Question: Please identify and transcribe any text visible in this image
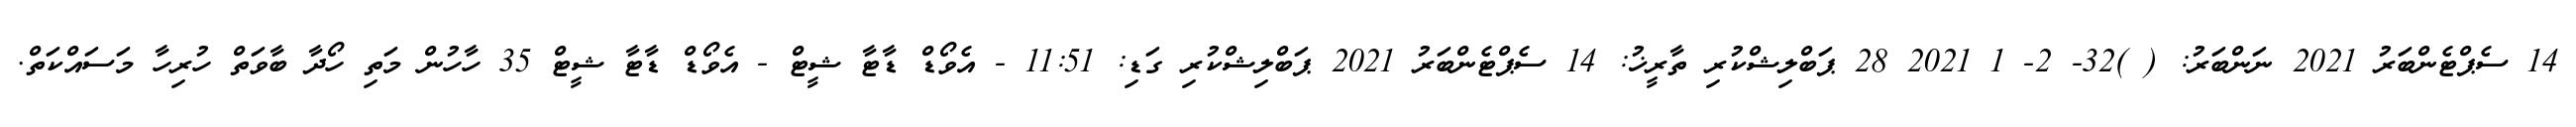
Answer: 14 ސެޕްޓެންބަރު 2021 ނަންބަރު: ( )32- 2- 1 2021 28 ޕަބްލިޝްކުރި ތާރީޚު: 14 ސެޕްޓެންބަރު 2021 ޕަބްލިޝްކުރި ގަޑި: 11:51 - އެވޯޑް ޑާޓާ ޝީޓް - އެވޯޑް ޑާޓާ ޝީޓް 35 ހާހުން މަތި ހޯދާ ބާވަތް ހުރިހާ މަސައްކަތް.